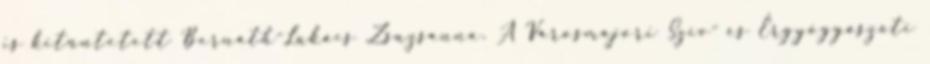
is kitüntetett Bernáth-Lukács Zsuzsanna. A Városmajori Szív- és Érgyógyászati